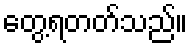
တွေ့ရတတ်သည်။